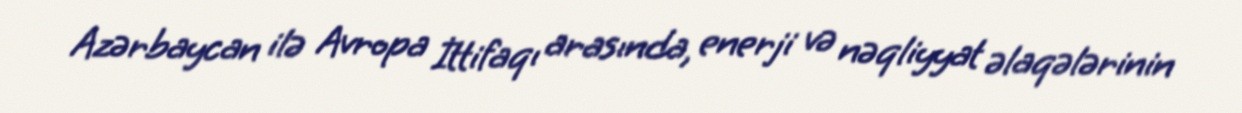
Azərbaycan ilə Avropa İttifaqı arasında, enerji və nəqliyyat əlaqələrinin